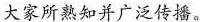
大家所熟知并广泛传播。